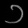
Digit: ၁